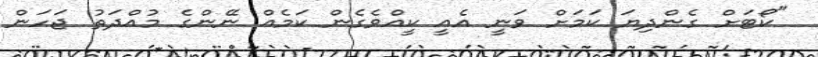
"ކޯޓަށް ގެންދިޔަ ކަމަށް ވަނީ އެއީ ކީއްވެގެން ކަމެއް ނޭންގެ މުއްދަތު ޖަހަން